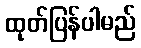
ထုတ်ပြန်ပါမည်